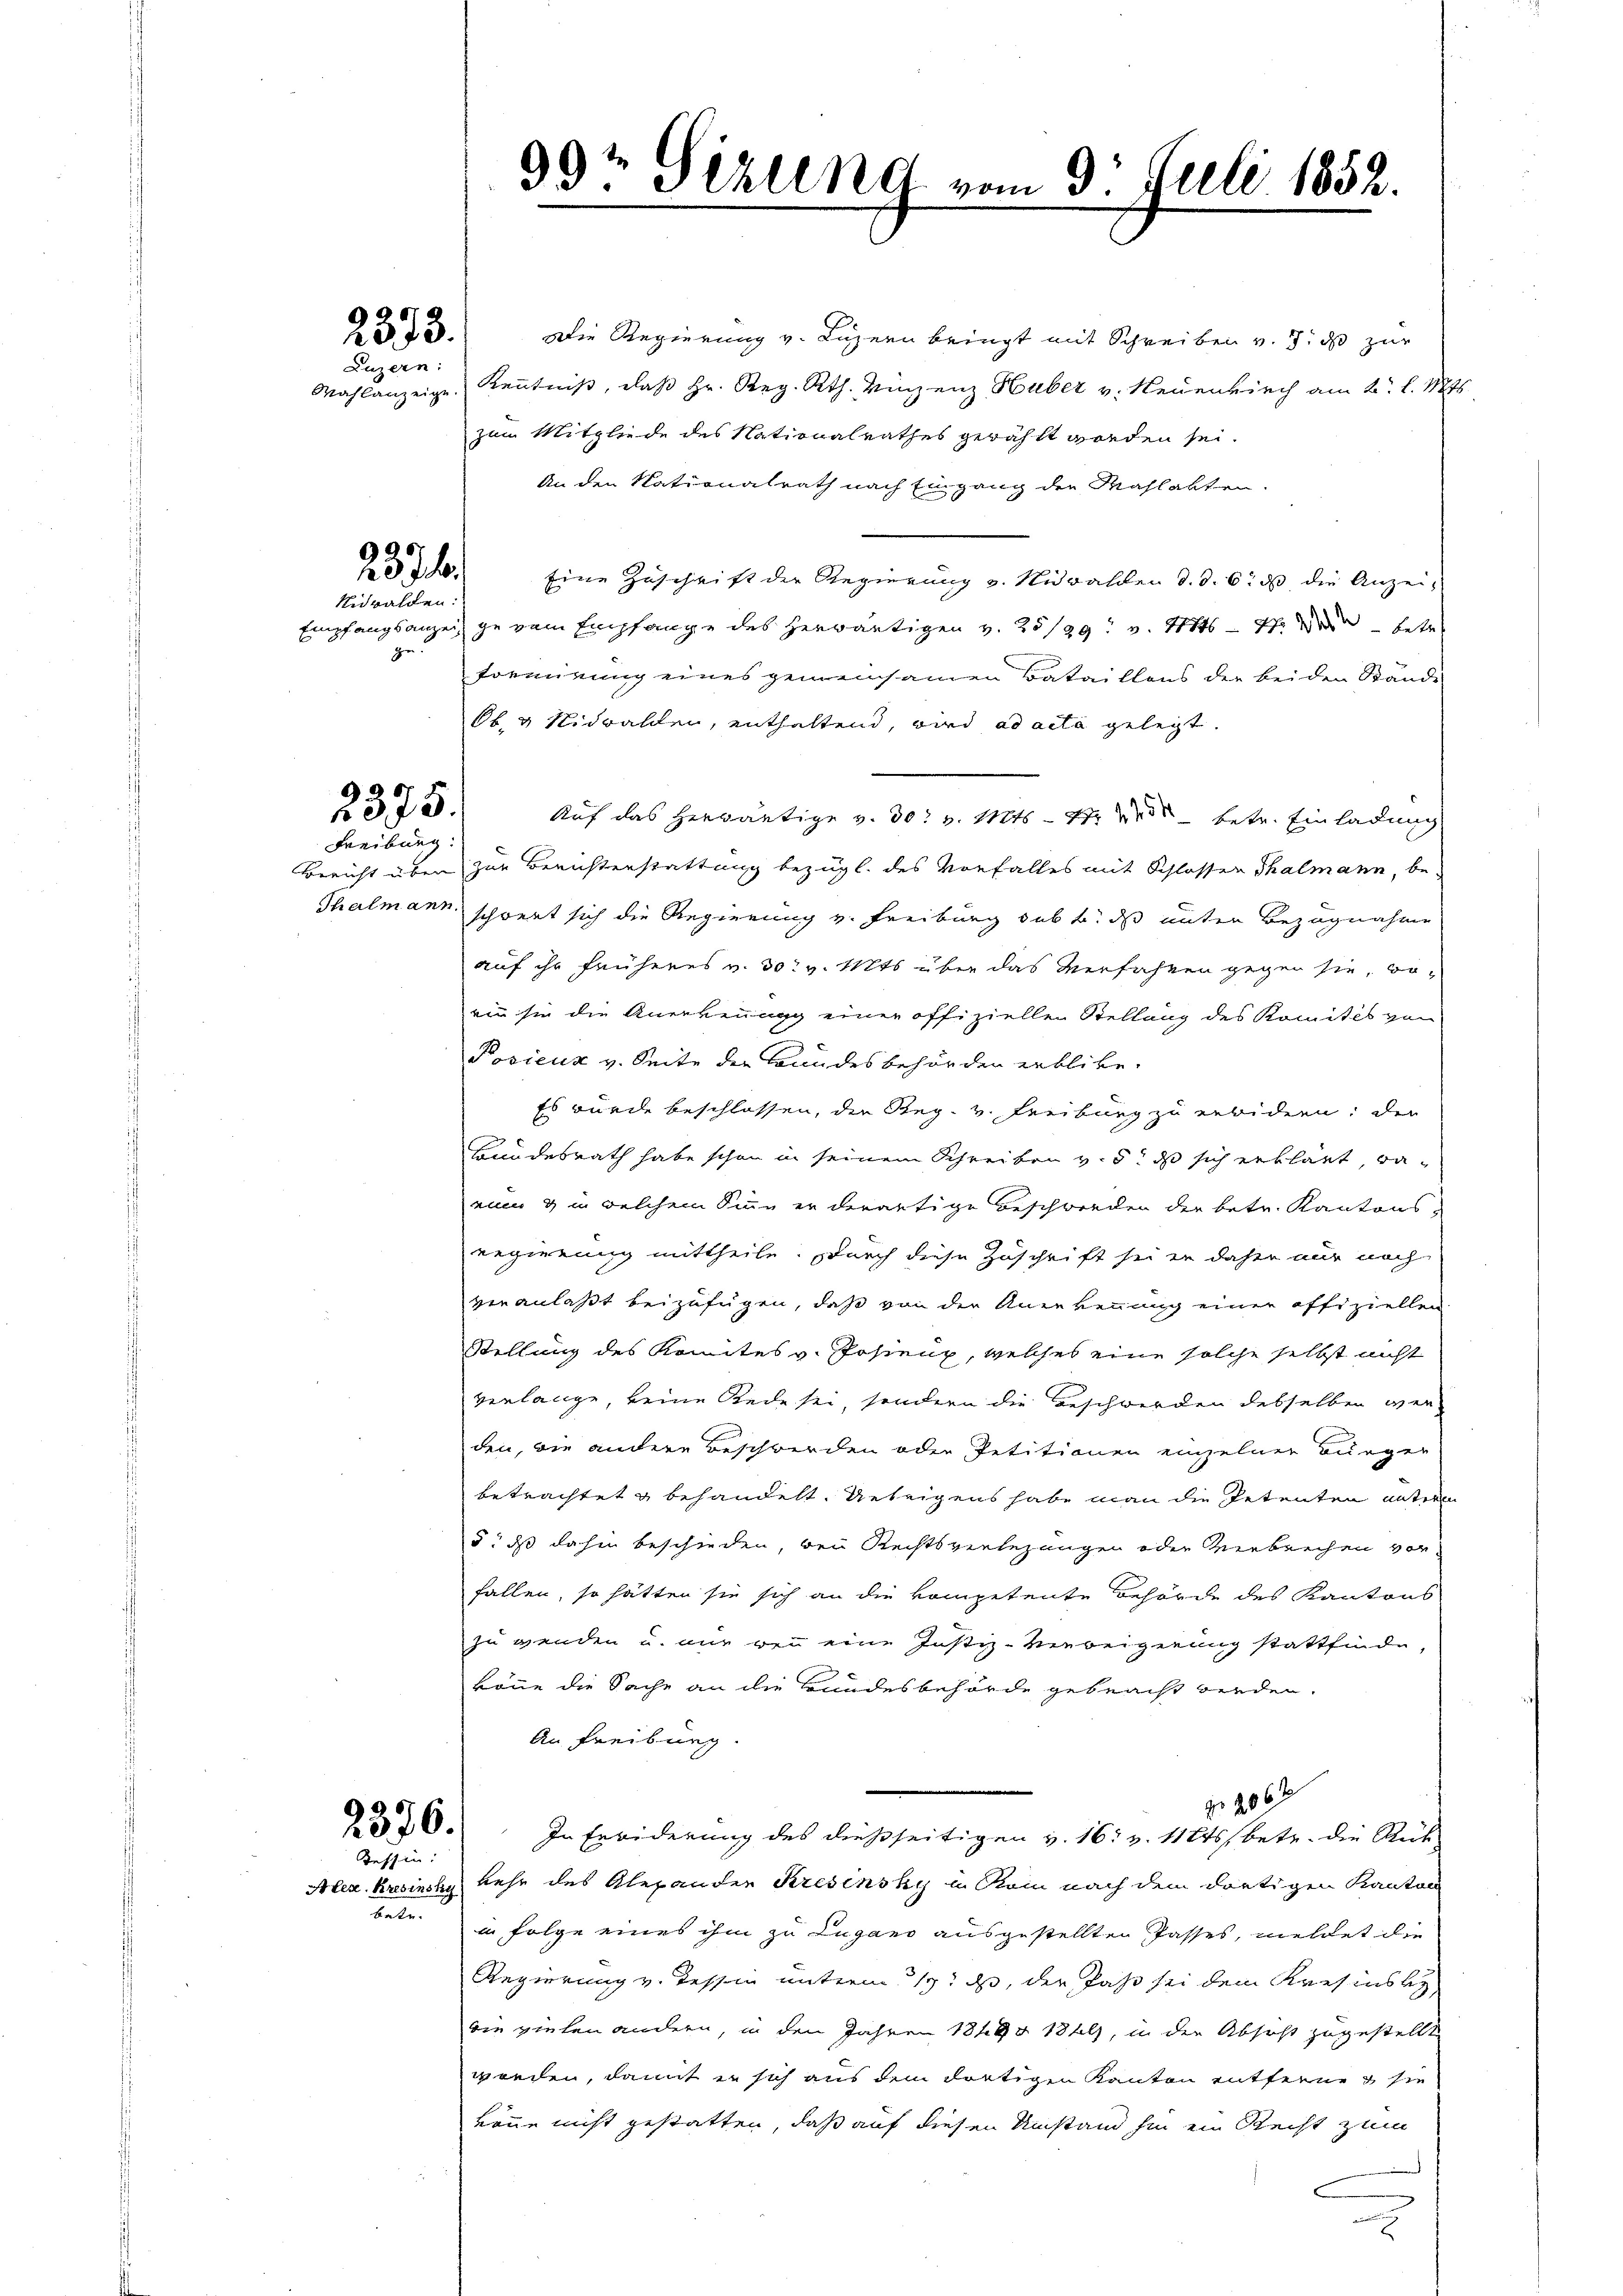
2373.

Luzern:

2374.

Nidwalden:
ge.

2375.

Freiburg.

2376.
Tessin:

bate.

Die Regierung v. Luzern bringt mit Schreiben v. 7. ds zur
Wahlanzeige. Keṅtniβ, daβ hr. Reg. Rth. Vinzenz Huber v. Neuenkirch am 2. l. Mts.
zum Mitgliede des Nationalrathes gewählt worden sei.
An den Nationalrath nach Eingang der Mahlakten.
Eine Zuschrift der Regierung v. Nidwalden d. d. 6. ds die Anzei¬
Empfangsanzeige vom Empfange des herwärtigen v. 28/29. v. 111 47. Die betr
fremirung eines gemeinsamen Bataillons der beiden Stände
Ob. 4 Nidwalden, enthaltend, wird ad acta gelegt.
Auf das herwärtige v. 30. v. Mts. - 4. und betr. Einladung
Bericht über zur Berichterstattung bezügl. des Vorfalles mit Schlosser Thalmann, be-
Thalmann schwert sich die Regierung v. Freiburg sub b. das unter Bezugnahme
auf ihr früheres v. 30. v. Mts. über das Verfahren gegen sie, woein sie die Anerkennung einer offiziellen Stellung des Komités von
Posieux v. Seite der Bundesbehörden erblibe.
Es wurde beschlossen, der Reg. v. Freiburg zu erbidern: der
Bundesrath habe schon in seinem Schreiben v. 5. ds sich erklärt, waeiner & in welchem Sinn er derartige Beschwerden der betr. Kantons-
regierung mittheile. Durch diese Zuschrift sei er daher nur noch
veranlaßt beizufügen, daß von der Anerkennung einer offiziellen
Stellung des Komites v. Postenz, welches eine solche selbst nicht
verlange, keine Rede sei, sondern die Beschwerden desselben wer-
den, die andere Beschwerden oder Petitionen einzelner Bürger
betrachtet g behandelt. Unteigens habe man die Petenten untern
§, dß dahin beschieden, bei Rechtsverlegungen oder Verbrechen vor-
fallen, so hätten sie sich an die kompetente Behörde des Kantons
zu wenden u. nur wenn eine Justiz-Verweigerung stattfinde,
könne die Sache an die Bundesbehörde gebracht werden.
An Freiburg.
fr 206
In Erwiderung des dießseitigen v. 16. v. 112tsbetr. die Rück
Alez. Kresinsky kehr des Alexander Kresensky in Rom nach dem dortigen Kanton
in Folge eines ihm zu Lugano ausgestellten Passes, meldet die
Regierung v. Tessin unterm 19. ds, die fast sei dem Kresius bey
die vielen andern, in den Jahren 1849 1849, in der Absicht zugestellt
werden, damit er sich aus dem dortigen Kanton entferne sie
könne nicht gestatten, daß auf diesen Umstand hin ein Recht zum

99t Gizling vom 3t Juli 1852.
e